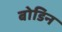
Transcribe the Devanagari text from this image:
बोडिन